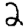
Digit: 2